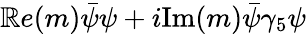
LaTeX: \mathbb{R}e(m)\bar{{\psi}}\psi+i\mathrm{{Im}}(m)\bar{{\psi}}\gamma_{5}\psi